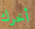
أخرك